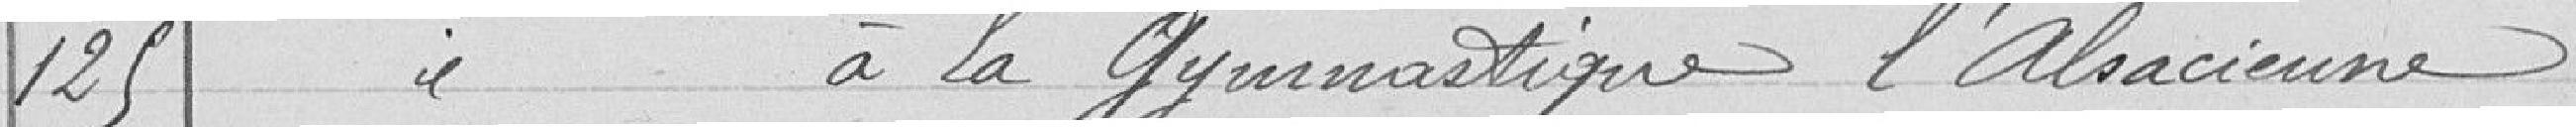
125 Subvention à la gymnastique l'Alsacienne